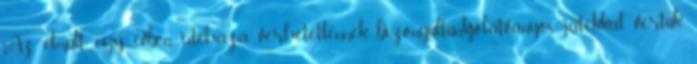
Az elmúlt egy évben idehaza verhetetlennek bizonyultunk,jó,látványos játékkal vertük